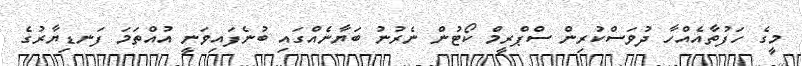
މީގެ ހަފުތާއެއްހާ ދުވަސްކުރިން ސްޕްރީމް ކޯޓުން ނެރުނު ބަޔާނެއްގައި ބުނެފައިވަނީ އުއްތަމަ ފަނޑިޔާރުގެ